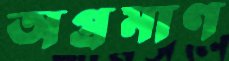
অপ্রমাণ